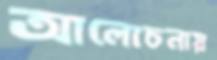
আলোচনায়